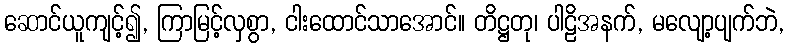
ဆောင်ယူကျင့်၍, ကြာမြင့်လှစွာ, ငါးထောင်သာအောင်။ တိဋ္ဌတု၊ ပါဠိအနက်, မလျော့ပျက်ဘဲ,